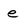
Character: e